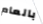
بالعام